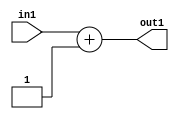
`timescale 1ps / 1ps
/*****************************************************************************
    Verilog RTL Description
    
    
    Created by: Stratus DpOpt 21.05.01 
*******************************************************************************/

module SobelFilter_Add_11U_8_4 (
	in1,
	out1
	); /* architecture "behavioural" */ 
input [10:0] in1;
output [10:0] out1;
wire [10:0] asc001;

assign asc001 = 
	+(in1)
	+(11'B00000000001);

assign out1 = asc001;
endmodule

/* CADENCE  urn0TQo= : u9/ySxbfrwZIxEzHVQQV8Q== ** DO NOT EDIT THIS LINE ******/